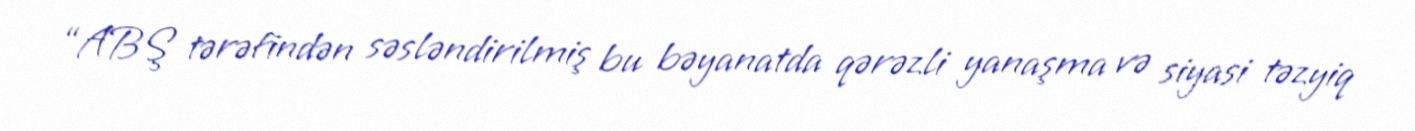
“ABŞ tərəfindən səsləndirilmiş bu bəyanatda qərəzli yanaşma və siyasi təzyiq